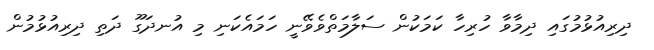
ދިރިއުޅުމުގައި ދިމާވާ ހުރިހާ ކަމަކުން ސަލާމަތްވެވޭނީ ހަމައެކަނި މި އުނދަގޫ ދަތި ދިރިއުޅުމުން